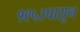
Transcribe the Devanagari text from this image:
१९५३पासून